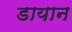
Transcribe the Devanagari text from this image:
डायान